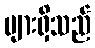
များရှိသည်